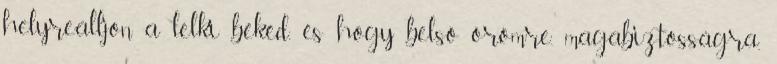
helyreálljon a lelki békéd, és hogy belső örömre, magabiztosságra,